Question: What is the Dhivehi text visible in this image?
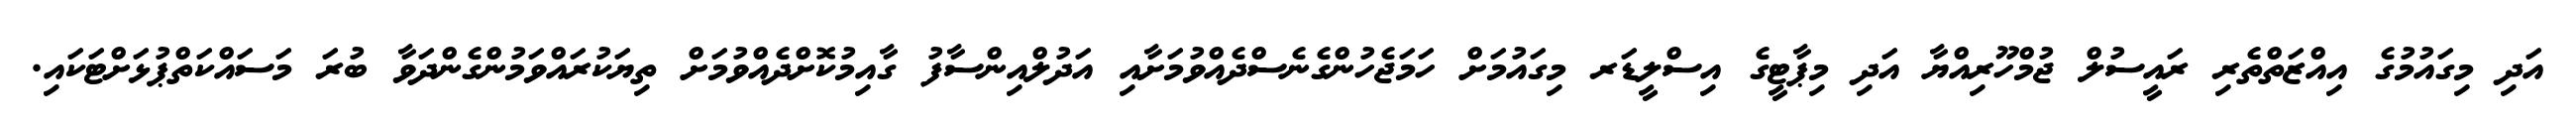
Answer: އަދި މިގައުމުގެ އިއްޒަތްތެރި ރައީސުލް ޖުމްހޫރިއްޔާ އަދި މިޕާޓީގެ އިސްލީޑަރ މިގައުމަށް ހަމަޖެހުންގެނެސްދެއްވުމަށާއި އަދުލްއިންސާފު ގާއިމުކޮށްދެއްވުމަށް ތިޔަކުރައްވަމުންގެންދަވާ ބުރަ މަސައްކަތްޕުޅަށްޓަކައި.